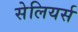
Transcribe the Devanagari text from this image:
सेलियर्स